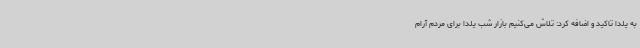
به یلدا تاکید و اضافه کرد: تلاش می‌کنیم بازار شب یلدا برای مردم آرام